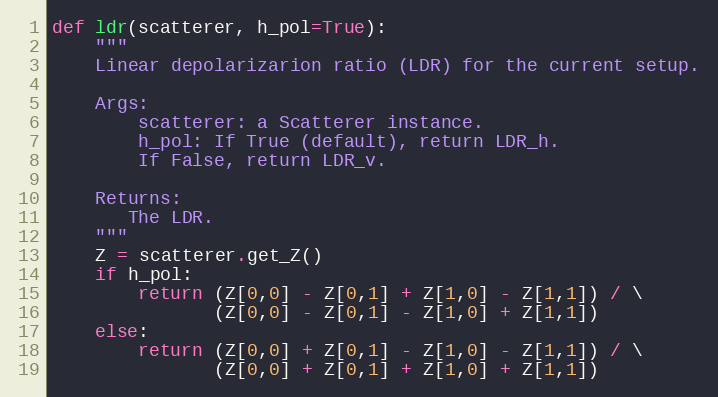
Language: Python
def ldr(scatterer, h_pol=True):
    """
    Linear depolarizarion ratio (LDR) for the current setup.

    Args:
        scatterer: a Scatterer instance.
        h_pol: If True (default), return LDR_h.
        If False, return LDR_v.

    Returns:
       The LDR.
    """
    Z = scatterer.get_Z()
    if h_pol:
        return (Z[0,0] - Z[0,1] + Z[1,0] - Z[1,1]) / \
               (Z[0,0] - Z[0,1] - Z[1,0] + Z[1,1])
    else:
        return (Z[0,0] + Z[0,1] - Z[1,0] - Z[1,1]) / \
               (Z[0,0] + Z[0,1] + Z[1,0] + Z[1,1])